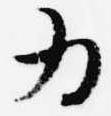
為